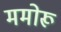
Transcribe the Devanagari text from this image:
ममोरू